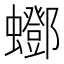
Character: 𧔛